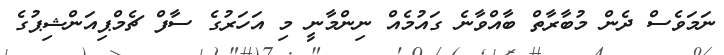
ނަމަވެސް ދެން މުބާރާތް ބާއްވާނެ ގައުމެއް ނިންމާނީ މި އަހަރުގެ ސާފް ޗެމްޕިއަންޝިޕުގެ